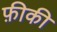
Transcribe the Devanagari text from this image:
फ़ीकी